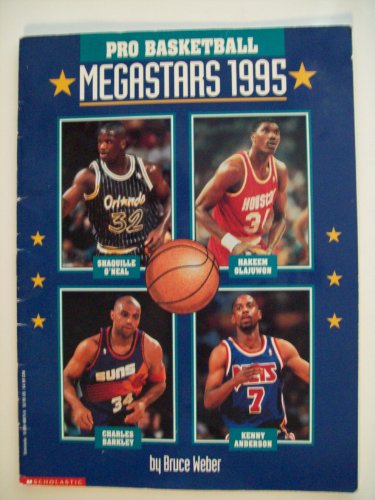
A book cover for Pro Basketball Megastars 1995; Bruce Weber; Teen & Young Adult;